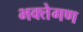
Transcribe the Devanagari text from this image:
भक्तेगण